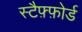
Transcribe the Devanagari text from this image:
स्टैफ़्फ़ोर्ड